Annual statistical returns and brief notes on vaccination in Bengal - 1909-1929
Year: 1909
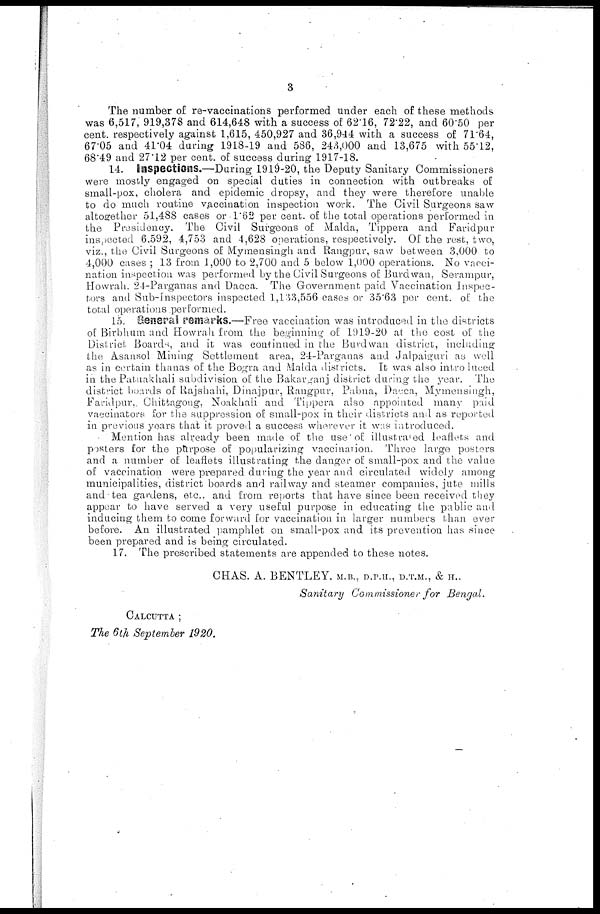
3
The number of re-vaccinatiohs performed under each of these methods
was 6,517, 919,378 and 614,648 with a success of 62.16, 72.22, and 60.50 per
cent. respectively against 1,615, 450,927 and 36,944 with a success of 71.64,
67.05 and 41.04 during 1918-19 and 586, 243,000 and 13,675 with 55.12,
68.49 and 27.12 per cent. of success during 1917-18.
14. Inspections.—During 1919-20, the Deputy Sanitary Commissioners
were mostly engaged on special duties in connection with outbreaks of
small-pox, cholera and epidemic dropsy, and they were therefore unable
to do much routine vaccination inspection work. The Civil Surgeons saw
altogether 51,488 cases or 1.62 per cent. of the total operations performed in
the Presidency. The Civil Surgeons of Malda, Tippera and Faridpur
inspected 6,592, 4,753 and 4,628 operations, respectively. Of the rest, two,
viz., the Civil Surgeons of Mymensingh and Rangpur, saw between 3,000 to
4,000 cases ; 13 from 1,000 to 2,700 and 5 below 1,000 operations. No vacci-
nation inspection was performed by the Civil Surgeons of Burdwan, Serampur,
Howrah. 24-Parganas and Dacca. The Government paid Vaccination Inspec-
tors and Sub-Inspectors inspected 1,133,556 cases or 35.63 per cent. of the
total operations performed.
15. General remarks.—Free vaccination was introduced in the districts
of Birbhum and Howrah from the beginning of 1919-20 at the cost of the
District Boards, and it was continued in the Burdwan district, including
the Asansol Mining Settlement area, 24-Parganas and Jalpaiguri as well
as in certain thanas of the Bogra and Malda districts. It was also introduced
in the Patuakhali subdivision of the Bakarganj district during the year. The
district boards of Rajshahi, Dinajpur, Rangpur, Pabna, Dacca, Mymensingh,
Faridpur, Chittagong, Noakhali and Tippera also appointed many paid
vaccinators for the suppression of small-pox in their districts and as reported
in previous years that it proved a success wherever it was introduced.
Mention has already been made of the use of illustrated leaflets and
posters for the purpose of popularizing vaccination. Three large posters
and a number of leaflets illustrating the danger of small-pox and the value
of vaccination were prepared during the year and circulated widely among
municipalities, district boards and railway and steamer companies, jute mills
and tea gardens, etc., and from reports that have since been received they
appear to have served a very useful purpose in educating the public and
inducing them to come forward for vaccination in larger numbers than ever
before. An illustrated pamphlet on small-pox and its prevention has since
been prepared and is being circulated.
17. The prescribed statements are appended to these notes.
CHAS. A. BENTLEY, M.B., D.P.H., D.T.M., & H.,
Sanitary Commissioner for
Bengal.
CALCUTTA ;
The 6th September 1920.